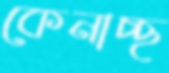
কেনাচ্ছ